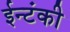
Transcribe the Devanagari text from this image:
ईन्टंकी